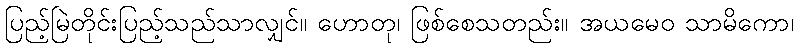
ပြည့်မြဲတိုင်းပြည့်သည်သာလျှင်။ ဟောတု၊ ဖြစ်စေသတည်း။ အယမေဝ သာမိကော၊